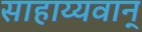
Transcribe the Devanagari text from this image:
साहाय्यवान्